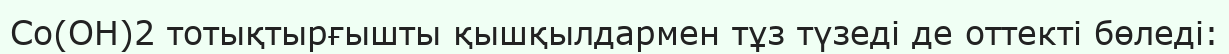
Co(OH)2 тотықтырғышты қышқылдармен тұз түзеді де оттекті бөледі: